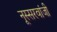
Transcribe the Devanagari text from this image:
नूस्सरवांजी